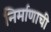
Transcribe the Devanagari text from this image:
निर्माणाची